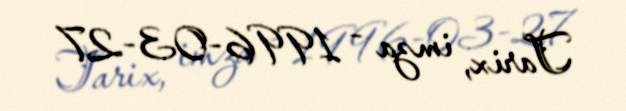
Tarix, imza - 1996-03-27